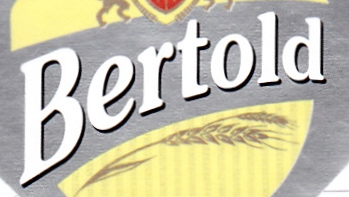
Bertold